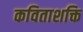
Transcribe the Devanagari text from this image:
कविताशक्ति